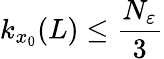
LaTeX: k_{x_{0}}(L)\leq\frac{N_{\varepsilon}}{3}